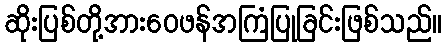
ဆိုးပြစ်တို့အားဝေဖန်အကြံပြုခြင်းဖြစ်သည်။